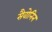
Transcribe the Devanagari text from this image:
सैवोनिन